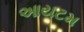
આયટમ